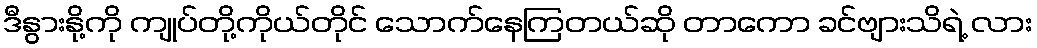
ဒီနွားနို့ကို ကျုပ်တို့ကိုယ်တိုင် သောက်နေကြတယ်ဆို တာကော ခင်ဗျားသိရဲ့ လား